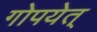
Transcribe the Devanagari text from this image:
गोपयेत्